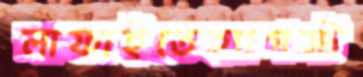
লাফাইতেহ্যাগস্ট